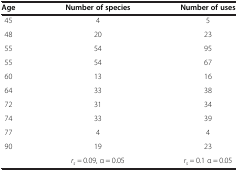
<table><thead><tr><td><b>Age</b></td><td><b>Number of species</b></td><td><b>Number of uses</b></td></tr></thead><tbody><tr><td>45</td><td>4</td><td>5</td></tr><tr><td>48</td><td>20</td><td>23</td></tr><tr><td>55</td><td>54</td><td>95</td></tr><tr><td>55</td><td>54</td><td>67</td></tr><tr><td>60</td><td>13</td><td>16</td></tr><tr><td>64</td><td>33</td><td>38</td></tr><tr><td>72</td><td>31</td><td>34</td></tr><tr><td>74</td><td>33</td><td>39</td></tr><tr><td>77</td><td>4</td><td>4</td></tr><tr><td>90</td><td>19</td><td>23</td></tr><tr><td> </td><td><i>r</i><sub><i>s</i></sub> <i>=</i> 0.09, α = 0.05</td><td><i>r</i><sub><i>s</i></sub> <i>=</i> 0.1 α = 0.05</td></tr></tbody></table>